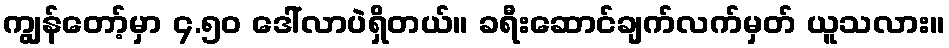
ကျွန်တော့်မှာ ၄.၅၀ ဒေါ်လာပဲရှိတယ်။ ခရီးဆောင်ချက်လက်မှတ် ယူသလား။